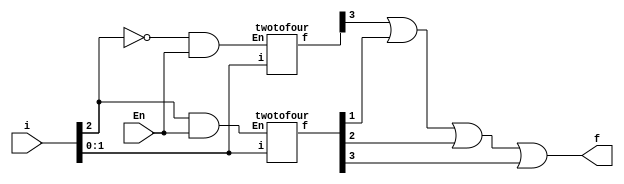
module q(i,f,En);
input [2:0]i;
input En;
output f;
wire [7:0]c;
twotofour s0(i[1:0],c[3:0],~i[2]&En);
twotofour s1(i[1:0],c[7:4],i[2]&En);
assign f = c[3]|c[5]|c[6]|c[7];
endmodule

module twotofour(i,f,En);
input [1:0]i;
input En;
output reg [3:0]f;
always @ (i,En)
begin

case(En)
0:f=4'd0;
1:
begin
	case(i)
	0:f=4'd1;
	1:f=4'd2;
	2:f=4'd4;
	3:f=4'd8;
	endcase
end
endcase
end
endmodule